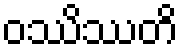
ဝဿိဿတိ